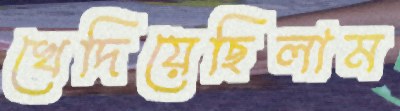
খেদিয়েছিলাম